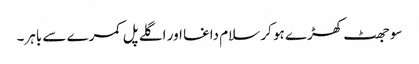
سو جھٹ کھڑے ہو کر سلام داغا اور اگلے پل کمرے سے باہر۔